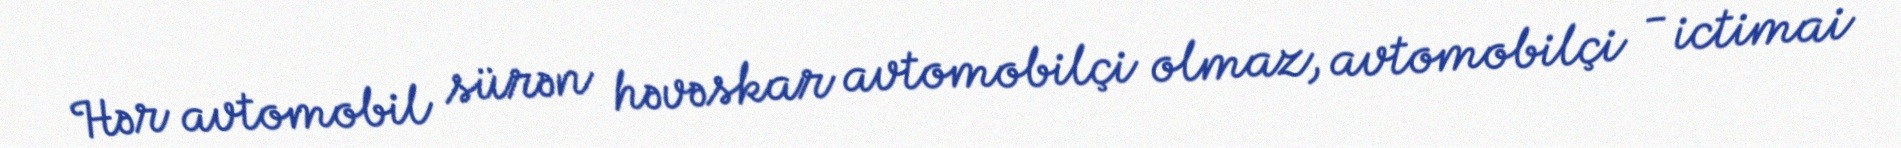
Hər avtomobil sürən həvəskar avtomobilçi olmaz, avtomobilçi - ictimai